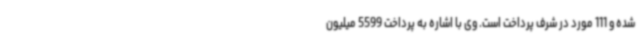
شده و 111 مورد در شرف پرداخت است. وی با اشاره به پرداخت 5599 میلیون